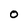
Character: 0